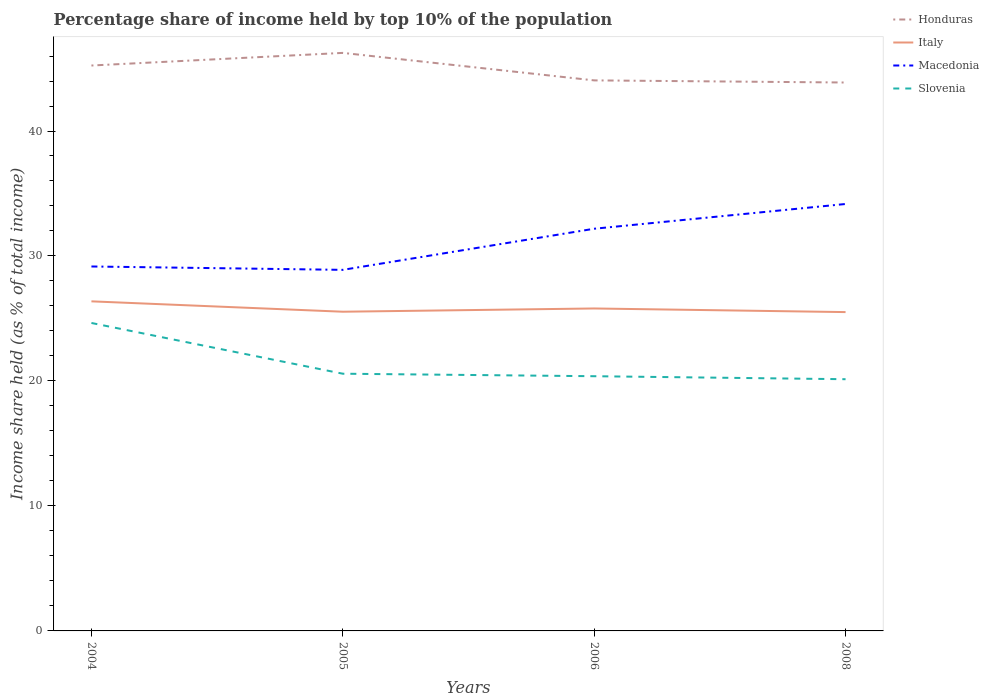
| Years | Honduras | Italy | Macedonia | Slovenia |
 | --- | --- | --- | --- | --- |
 | 2004 | 45.2 | 26.4 | 29.2 | 24.6 |
 | 2005 | 46.2 | 25.5 | 28.9 | 20.6 |
 | 2006 | 44 | 25.8 | 32.2 | 20.4 |
 | 2008 | 43.9 | 25.5 | 34.2 | 20.1 |